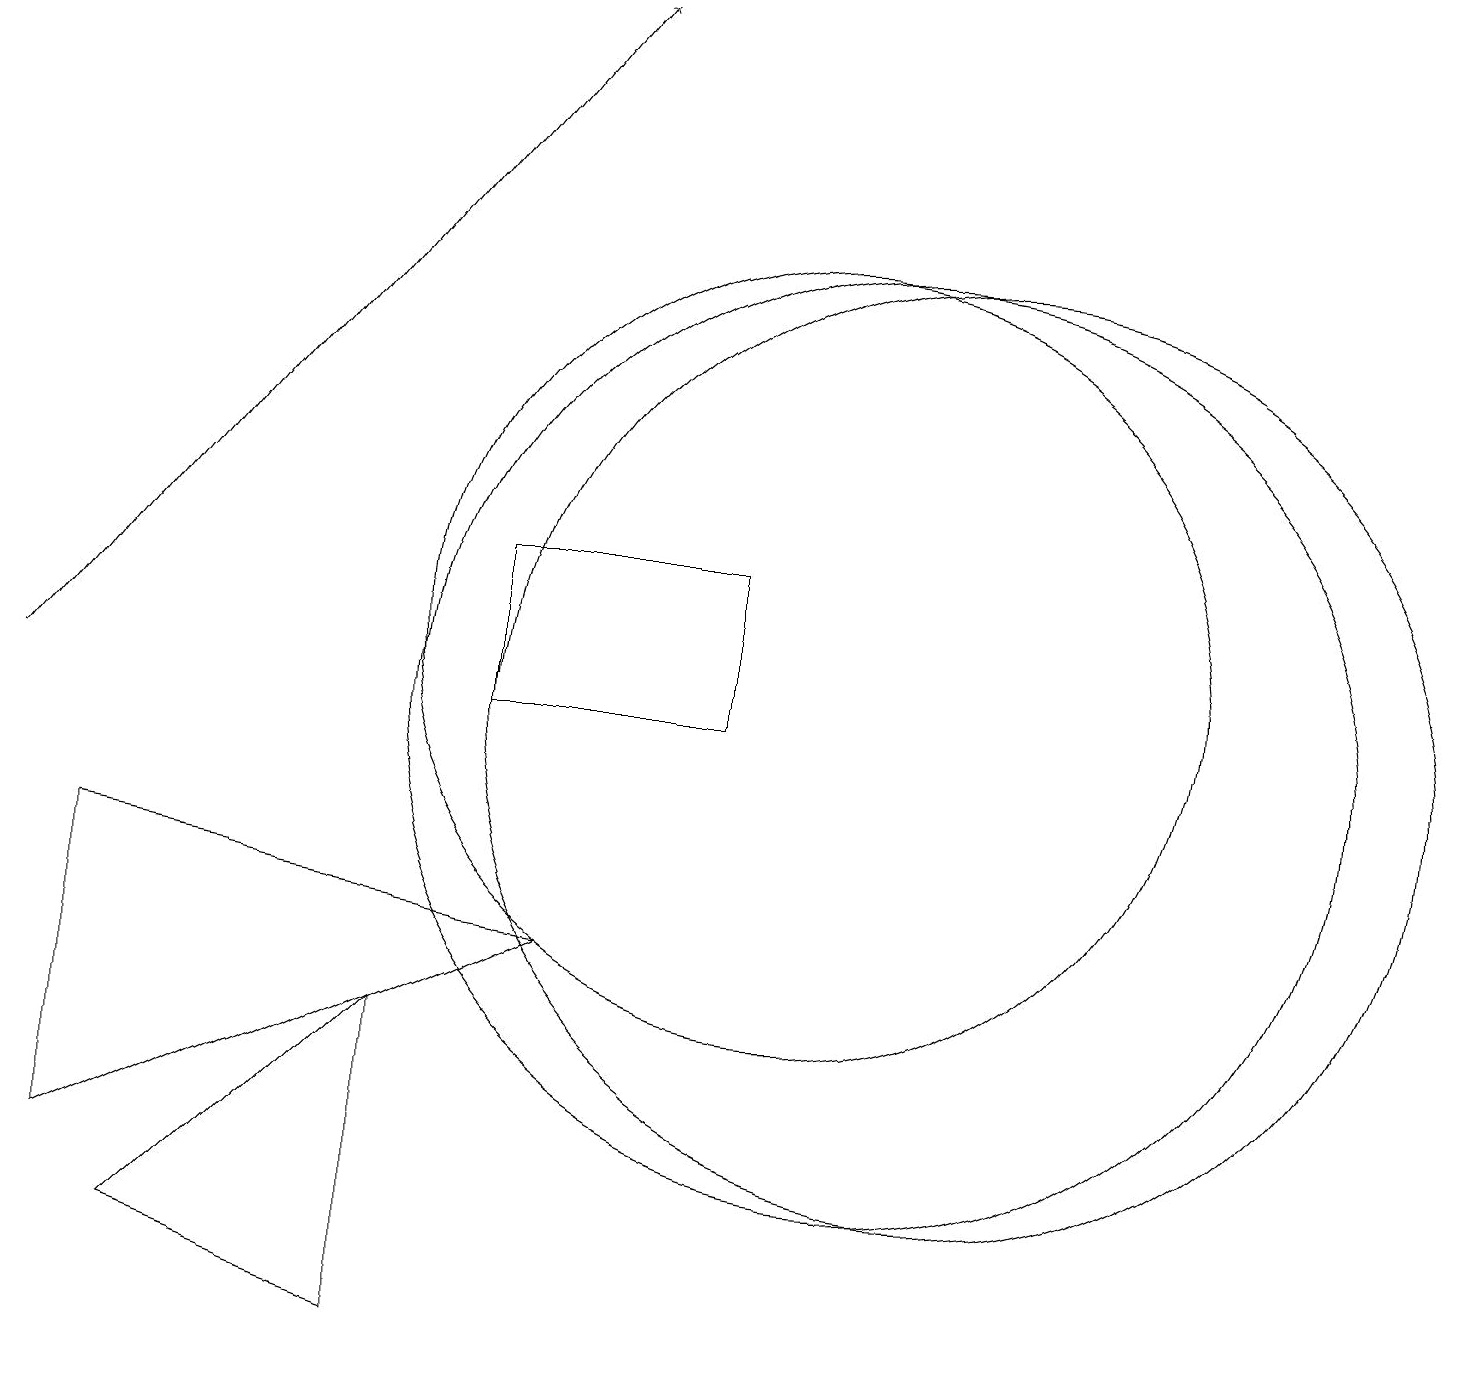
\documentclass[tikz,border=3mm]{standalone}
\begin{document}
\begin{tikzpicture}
\draw (1,4) -- (7,7) -- (1,8) -- cycle;
\draw (5,6) -- (5,2) -- (2,3) -- cycle;
\draw[->] (0,10) -- (7,19);
\draw (11,10) circle (6);
\draw (9,12) rectangle (6,10);
\draw (10,11) circle (5);
\draw (12,10) circle (6);
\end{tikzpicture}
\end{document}